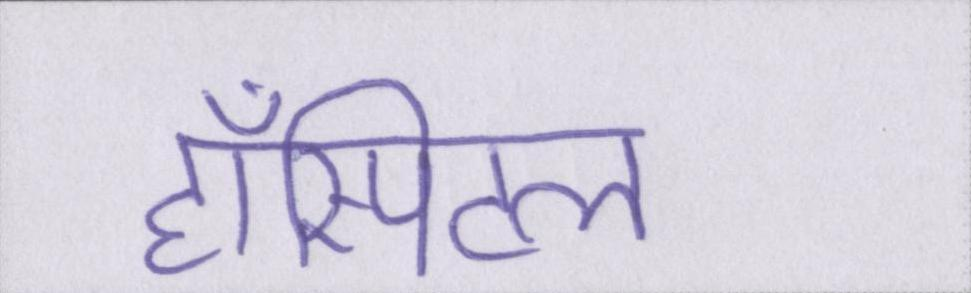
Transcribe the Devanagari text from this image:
हॉस्पिटल